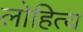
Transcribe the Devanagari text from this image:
लोहित्य